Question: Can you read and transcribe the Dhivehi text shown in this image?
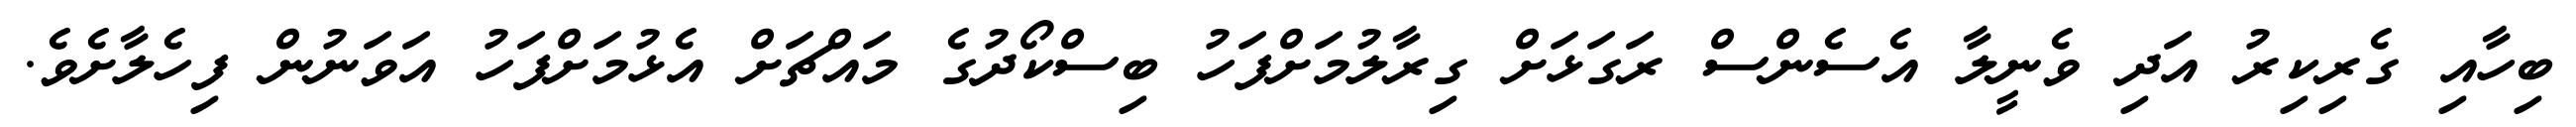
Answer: ބިހާއި ގެރިކިރު އަދި ވެނީލާ އެސެންސް ރަގަޅަށް ގިރާލުމަށްފަހު ބިސްކޯދުގެ މައްޗަށް އެޅުމަށްފަހު އަވަނުން ފިހެލާށެވެ.